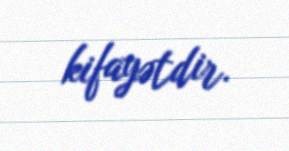
kifayətdir.